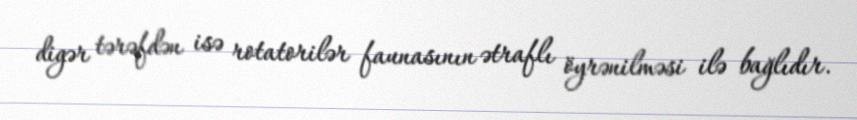
digər tərəfdən isə rotatorilər faunasının ətraflı öyrənilməsi ilə bağlıdır.